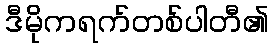
ဒီမိုကရက်တစ်ပါတီ၏